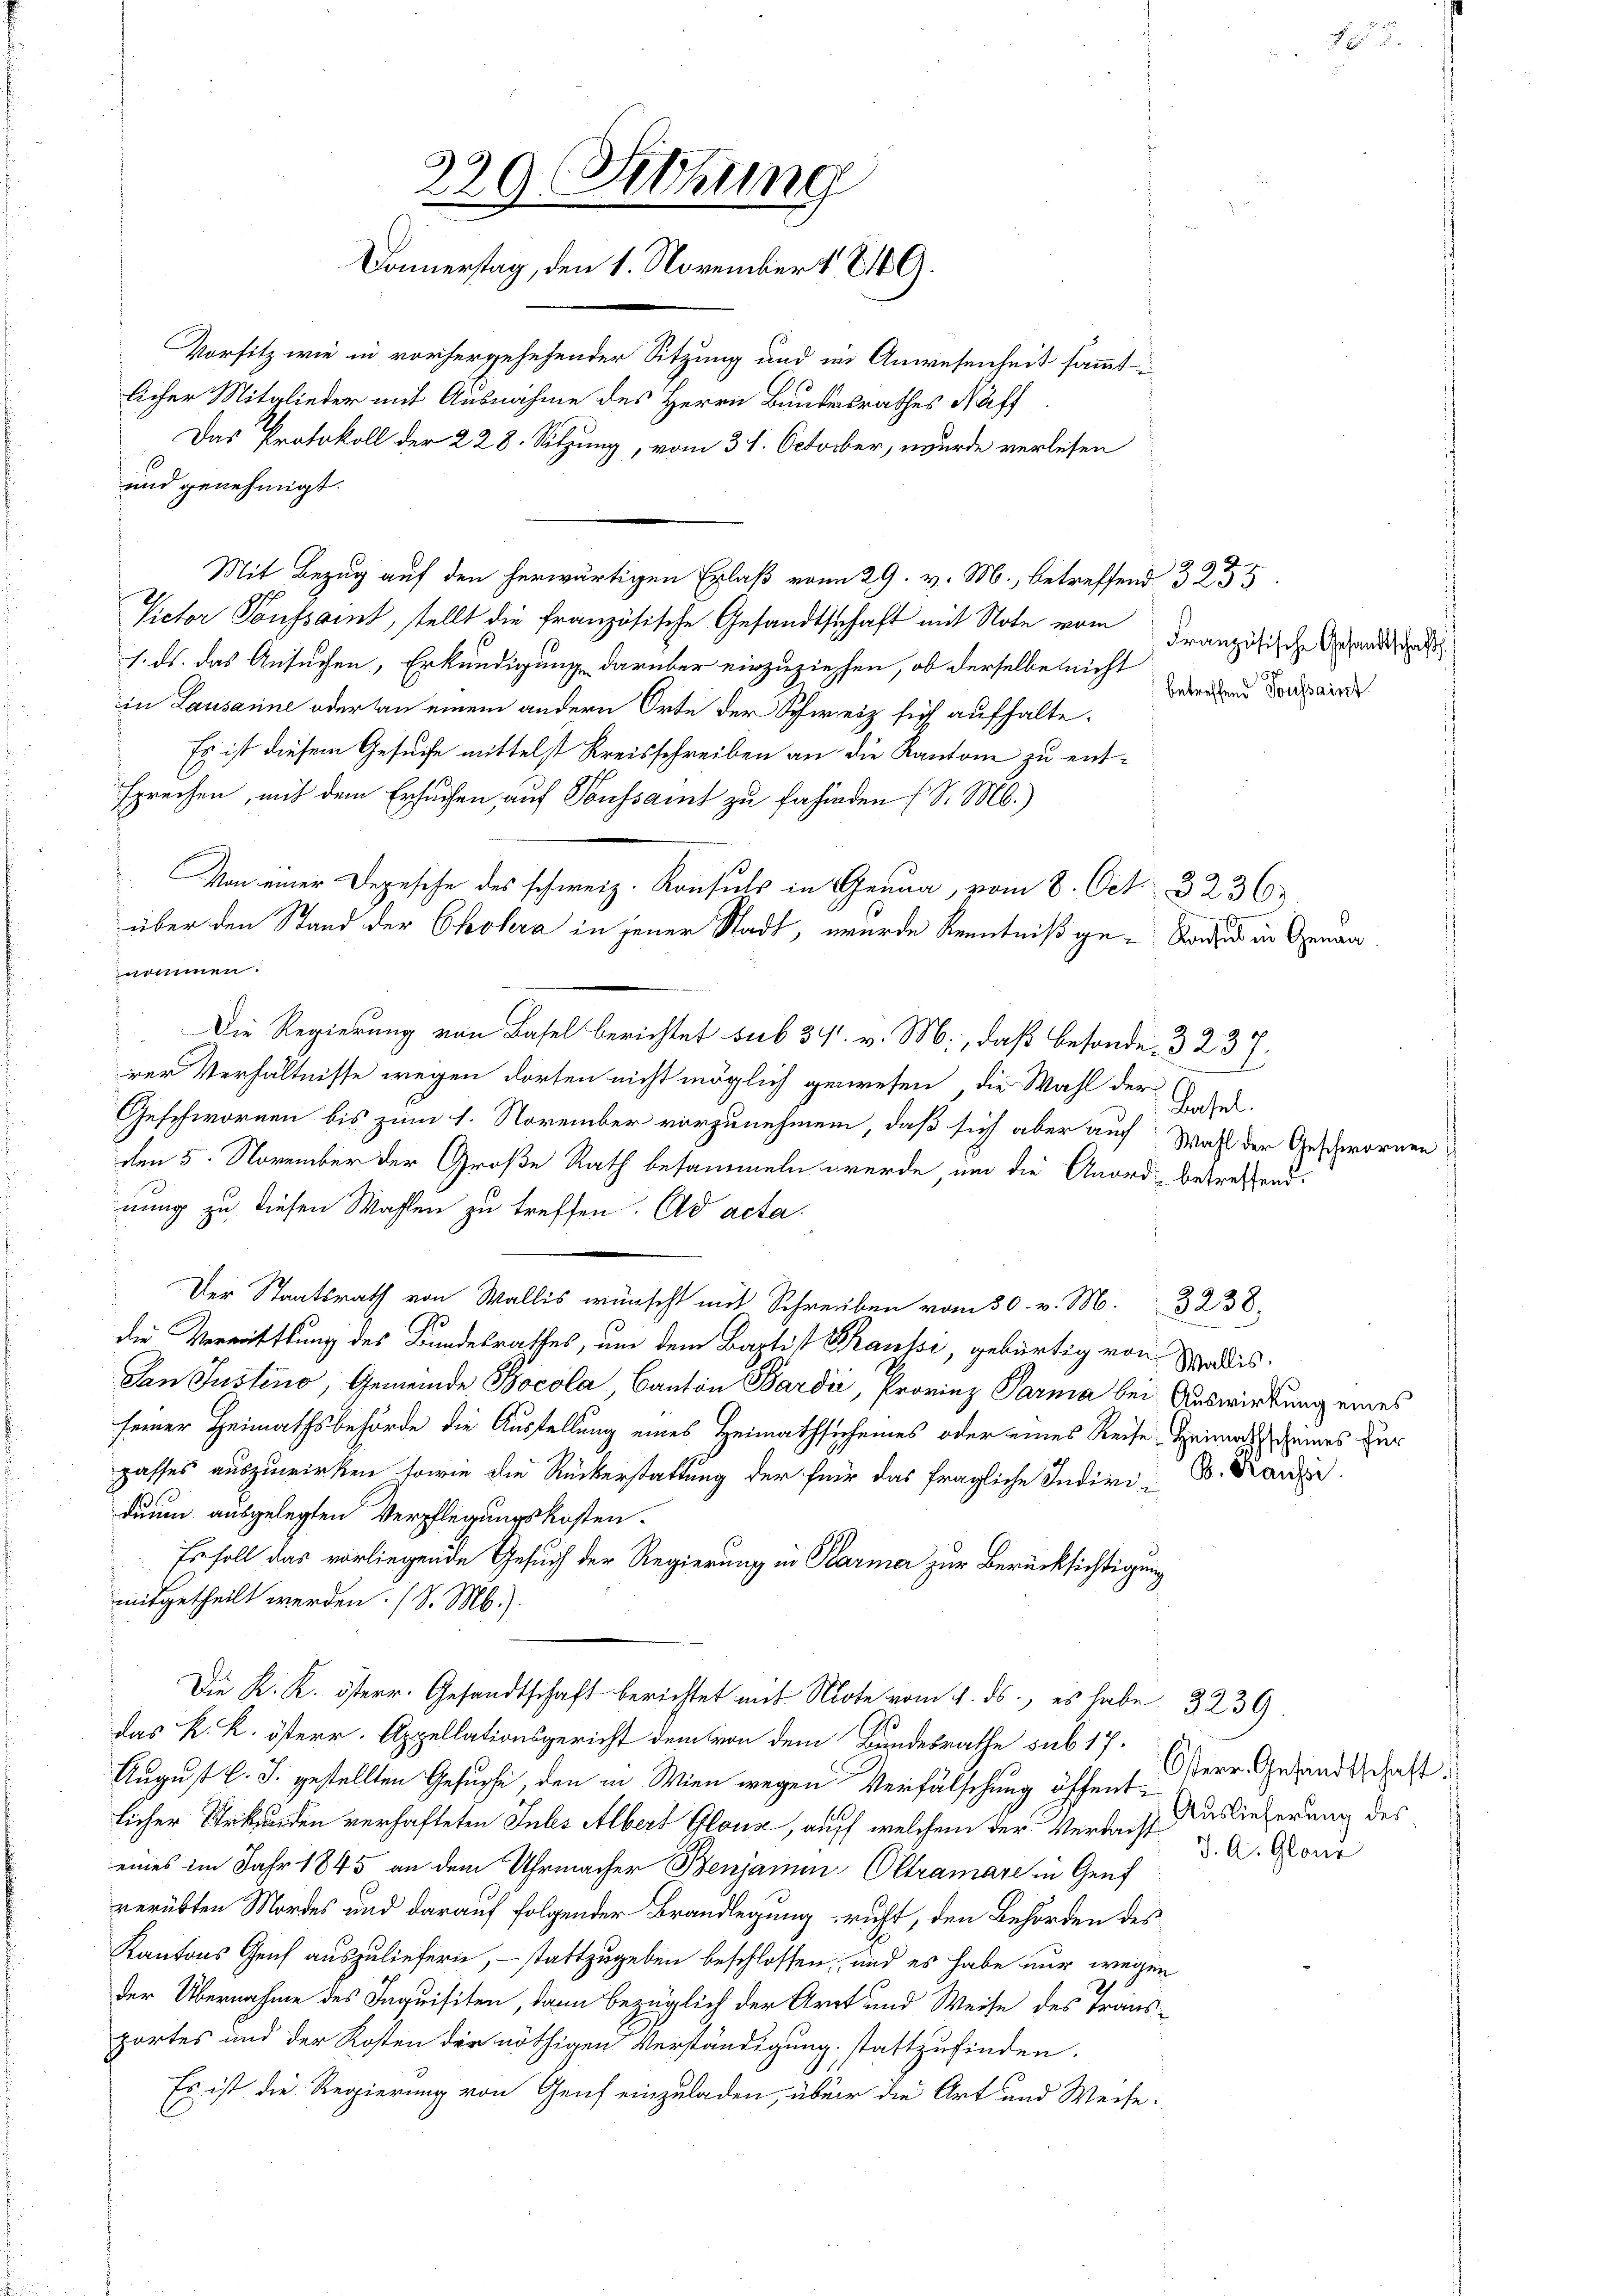
229 Dittung
Donnerstag, den 1. November 1849.

Vorsitz wie in vorhergesehender Sitzung und in Anwesenheit sammt i
licher Mitglieder mit Ausnahme des Herrn Bundesrathes Naff
Das Protokoll der 228. Sitzung, vom 31. October, wurde verlesen
und genehmigt.
Victor Voussant, stellt die französische Gesandtschaft mit Note vom
1. ds. das Ansuchen, Erkundigung darüber einzuziehen, ob derselbe nicht
in Lausanne oder an einem andern Orte der Schweiz sich aufhalte.
Es ist diesem Gesuche mittelst Kreisschreiben an die Kantone zu entsprechen, mit dem Ersuchen, auf Voussaint zu fahinden (S. M.)
 Von einer Degesehe des schweiz. Konsuls in Genua, vom 8. Oct. 32363.
über den Stand der Chohra in jener Stadt, wurde Kenntniß ge- Sache die Genan
nommen.
Die Regierung von Basel berichtet sub 31. v. M., daß besonde. 3237.
rer Verhältnisse wegen dorten nicht möglich gewesen, die Wahl der
Basel.
Geschwornen bis zum 1. November vorzunehmen, daß sich aber auf Wahl der Geschworne
den 5. November der Große Rath besammeln werde, um die Anord- betreffend.
nung zu diesen Wahlen zu treffen. Ad acta.
Der Staatsrath von Wallis wünscht mit Schreiben vom 30. v. M. 3238.
die Vermittlung des Bundesrathes, um dem Baptist Paulsi, gebürtig von
Wallis.
Dan Justino, Gemeinde Bocola, Canton Bardić, Provinz Parma bei Auswirkung eines
feiner Heimathsbehörde die Austellung eines Heimathsicheines oder eines Reise Heimatscheines der
gasses auszuwirken, sowie die Rückerstattung der für das fragliche Indivi- B. Kanze
duum ausgelegten Verpflegungskosten.
Es soll das vorliegende Gesuch der Regierung in Parmer zur Berücksichtigung
mitgetheilt werden. (S. M.).
 Kt. Gesandtschaft berichtet mit Note vom 4. ds., es habe 3239
das k. k. österr. Appellationsgericht dem von dem Bundesrathe sub 17.
August l. J. gestellten Gesuche, den in Wien wegen Verfälschung öffent¬
Auslieferung des
licher Urkunden verhafteten Intes Albert Glouse, auch welchem der Verdacht u. A. Gouv
eines im Jahr 1845 an dem Uhrmacher Benjamin Oltramare in Genf
verübten Mordes und darauf folgender Brandlegung richt, den Behörden des
Kantons Genf auszuliefern, – stattzugeben beschlossen, und es habe nur wegen
der Übernahme des Inquisiten, dann bezüglich der Arzt und Weise des Tränsportes und der Kosten der nöthigen Verständigung stattzufinden.
Es ist die Regierung von Genf einzuladen, über die Art und Weise:

Mit Bezug auf den herwärtigen Erlaß vom 29. v. M., betreffend 3255

Französische Gesandtschafts
betreffend Toussaint

Osterr. Gesandtschaft: